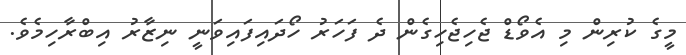
މީގެ ކުރިން މި އެވޯޑް ޖެހިޖެހިގެން ދެ ފަހަރު ހޯދައިފައިވަނީ ނިޒާރު އިބްރާހިމެވެ.